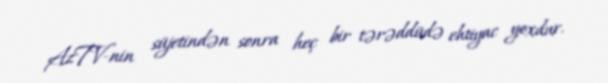
AzTV-nin süjetindən sonra heç bir tərəddüdə ehtiyac yoxdur.